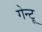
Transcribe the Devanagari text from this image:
गेन्टू